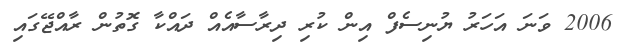
2006 ވަނަ އަހަރު ޔުނިސެފް އިން ކުރި ދިރާސާއެއް ދައްކާ ގޮތުން ރާއްޖޭގައި